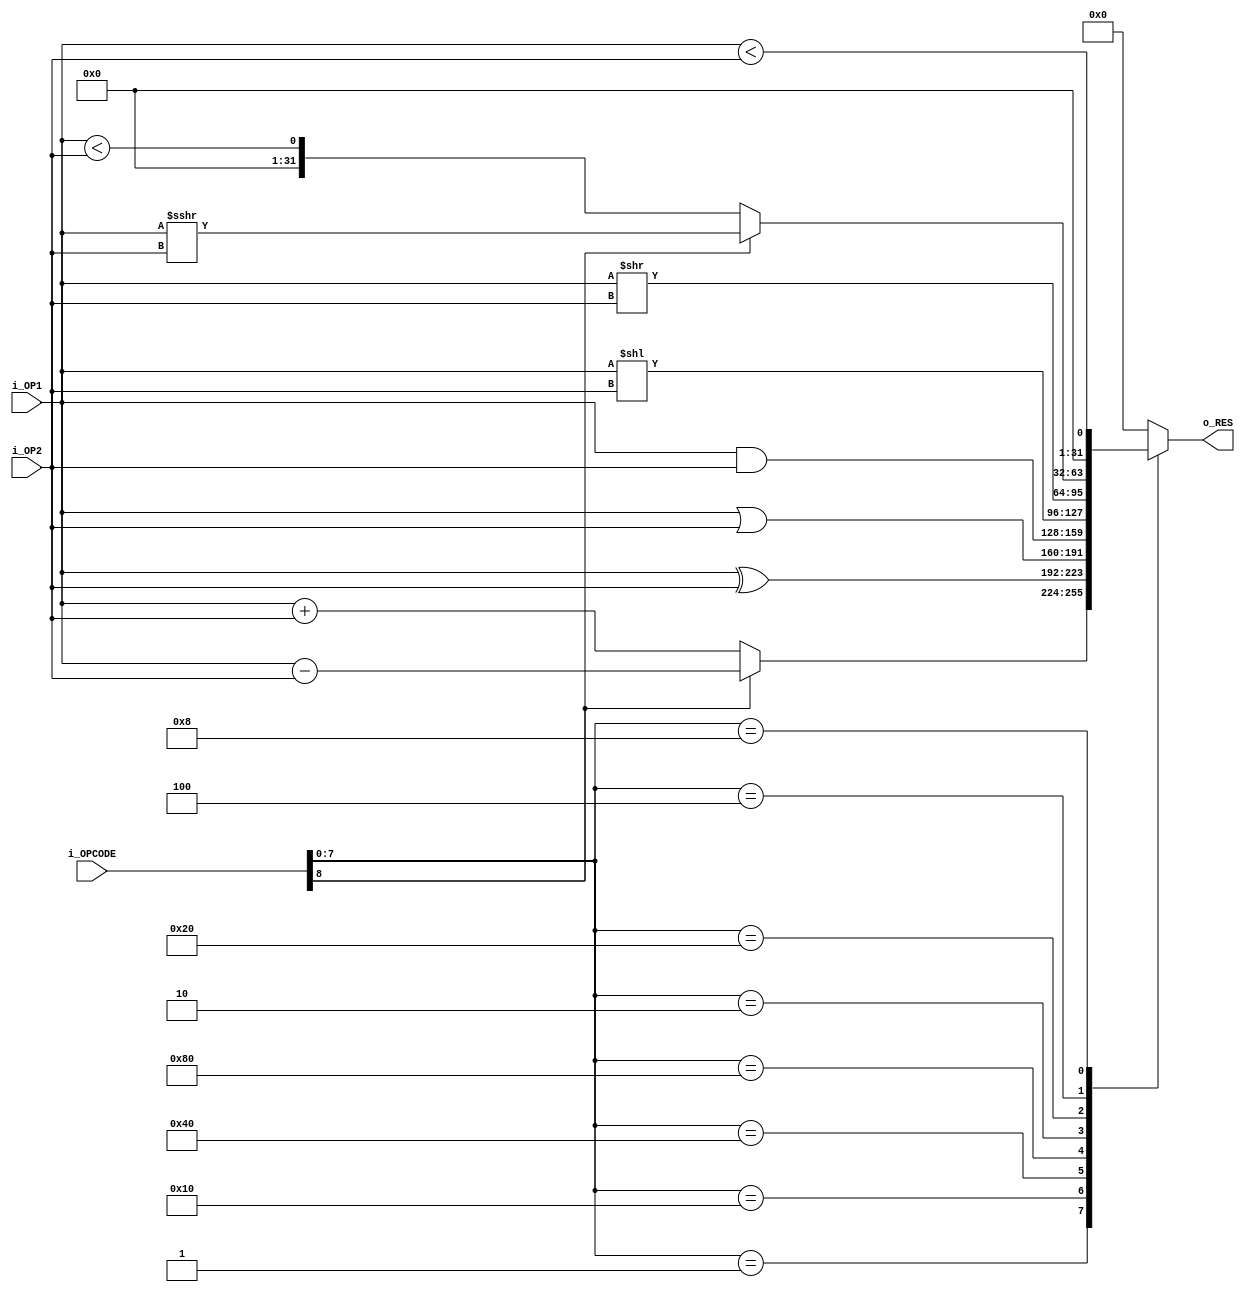
`timescale 1ns / 1ps

module alu (
    input wire signed [31:0] i_OP1,
    input wire signed [31:0] i_OP2,
    input wire [8:0] i_OPCODE,
    output reg [31:0] o_RES
);

localparam [7:0] ADD    =   8'b00000001 << 3'b000;
localparam [7:0] SUB    =   8'b00000001 << 3'b000;
localparam [7:0] XOR    =   8'b00000001 << 3'b100;
localparam [7:0] OR     =   8'b00000001 << 3'b110;
localparam [7:0] AND    =   8'b00000001 << 3'b111;
localparam [7:0] SLL    =   8'b00000001 << 3'b001;
localparam [7:0] SRL    =   8'b00000001 << 3'b101;
localparam [7:0] SRA    =   8'b00000001 << 3'b010;
localparam [7:0] SLT    =   8'b00000001 << 3'b010;
localparam [7:0] SLTU   =   8'b00000001 << 3'b011;

always @(*) begin
    case (i_OPCODE[7:0])
    ADD, SUB :  o_RES = (i_OPCODE[8])? i_OP1 - i_OP2 : i_OP1 + i_OP2; 
    XOR :       o_RES = i_OP1 ^ i_OP2;
    OR  :       o_RES = i_OP1 | i_OP2;
    AND :       o_RES = i_OP1 & i_OP2;
    SLL :       o_RES = i_OP1 << i_OP2;
    SRL :       o_RES = i_OP1 >> i_OP2;
    SRA, SLT :  o_RES = (i_OPCODE[8])? (i_OP1 >>> i_OP2) : i_OP1 < i_OP2;
    SLTU:       o_RES = $unsigned(i_OP1) < $unsigned(i_OP2);
    default:    o_RES = 0;
    endcase
end

endmodule